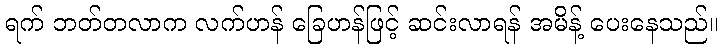
ရက် ဘတ်တလာက လက်ဟန် ခြေဟန်ဖြင့် ဆင်းလာရန် အမိန့် ပေးနေသည်။